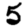
Digit: 5